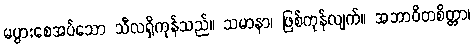
မပွားစေအပ်သော သီလရှိကုန်သည်။ သမာနာ၊ ဖြစ်ကုန်လျက်။ အဘာဝိတစိတ္တာ၊